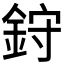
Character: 𫒙